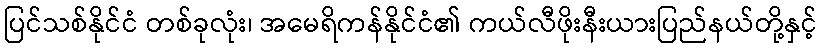
ပြင်သစ်နိုင်ငံ တစ်ခုလုံး၊ အမေရိကန်နိုင်ငံ၏ ကယ်လီဖိုးနီးယားပြည်နယ်တို့နှင့်